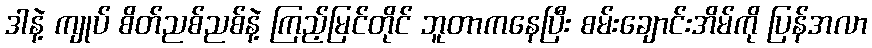
ဒါနဲ့ ကျုပ် စိတ်ညစ်ညစ်နဲ့ ကြည့်မြင်တိုင် ဘူတာကနေပြီး စမ်းချောင်းအိမ်ကို ပြန်အလာ